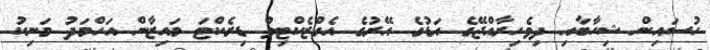
ހުސައިން ޝިހާބާއި ދިވެހިރާއްޖޭގެ އަޑުގެ އޭރުގެ އެގްޒެކްޓިވް ޑިރެކްޓަ މައިޒާން އަހްމަދު މަނިކު